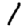
Digit: 1